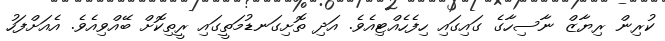
ކުރިން ރިޔާޒް ނާސިހާގެ ގައިގައި ހިފެހެއްޓިއެވެ. އަދި ތޮށިގަނޑުމަތީގައި ރީތިކޮށް ބޭއްވިއެވެ. އެއަށްފަހު